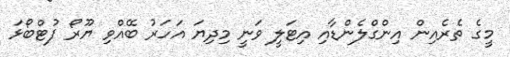
މީގެ ތެރެއިން އިންގްލެންޑާއި އިޓަލީ ވަނީ މިދިޔަ އަހަރު ބޭއްވި ޔޫރޯ ފުޓްބޯޅަ